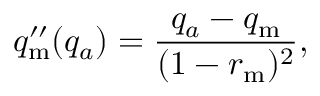
q _ { \mathrm { m } } ^ { \prime \prime } ( q _ { a } ) = \frac { q _ { a } - q _ { \mathrm { m } } } { ( 1 - r _ { \mathrm { m } } ) ^ { 2 } } ,